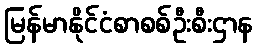
မြန်မာနိုင်ငံစာစစ်ဦးစီးဌာန